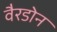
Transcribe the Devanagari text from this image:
वैरडोन